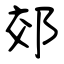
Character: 郊